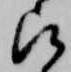
被